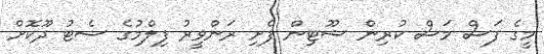
މީގެ ފަސް މަސް ކުރިން ޝޫޓިން ފެށި ރަންވީރު ފިލްމުގެ ސެޓު ދޫކޮށް